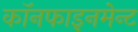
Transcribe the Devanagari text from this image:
कॉनफाइनमेन्ट